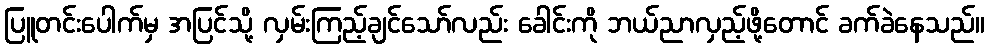
ပြူတင်းပေါက်မှ အပြင်သို့ လှမ်းကြည့်ချင်သော်လည်း ခေါင်းကို ဘယ်ညာလှည့်ဖို့တောင် ခက်ခဲနေသည်။